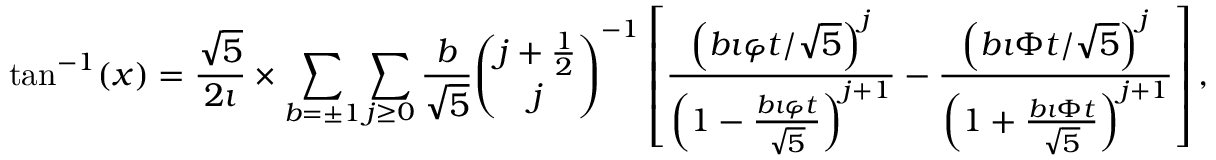
\tan ^ { - 1 } ( x ) = { \frac { \sqrt { 5 } } { 2 \imath } } \times \sum _ { b = \pm 1 } \sum _ { j \geq 0 } { \frac { b } { \sqrt { 5 } } } { \binom { j + { \frac { 1 } { 2 } } } { j } } ^ { - 1 } \left[ { \frac { \left( b \imath \varphi t / { \sqrt { 5 } } \right) ^ { j } } { \left( 1 - { \frac { b \imath \varphi t } { \sqrt { 5 } } } \right) ^ { j + 1 } } } - { \frac { \left( b \imath \Phi t / { \sqrt { 5 } } \right) ^ { j } } { \left( 1 + { \frac { b \imath \Phi t } { \sqrt { 5 } } } \right) ^ { j + 1 } } } \right] ,